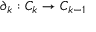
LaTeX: \partial _ { k } : C _ { k } \to C _ { k - 1 }